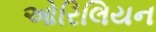
ઓરિલિયન